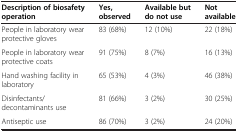
<table><thead><tr><td><b>Description of biosafety operation</b></td><td><b>Yes, observed</b></td><td><b>Available but do not use</b></td><td><b>Not available</b></td></tr></thead><tbody><tr><td>People in laboratory wear protective gloves</td><td>83 (68%)</td><td>12 (10%)</td><td>22 (18%)</td></tr><tr><td>People in laboratory wear protective coats</td><td>91 (75%)</td><td>8 (7%)</td><td>16 (13%)</td></tr><tr><td>Hand washing facility in laboratory</td><td>65 (53%)</td><td>4 (3%)</td><td>46 (38%)</td></tr><tr><td>Disinfectants/decontaminants use</td><td>81 (66%)</td><td>3 (2%)</td><td>30 (25%)</td></tr><tr><td>Antiseptic use</td><td>86 (70%)</td><td>3 (2%)</td><td>24 (20%)</td></tr></tbody></table>